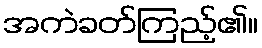
အကဲခတ်ကြည့်၏။